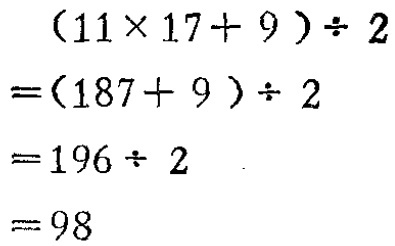
\[

\begin{align*}

&(11\times17 + 9)\div2\\

=&(187 + 9)\div2\\

=&196\div2\\

=&98

\end{align*}

\]